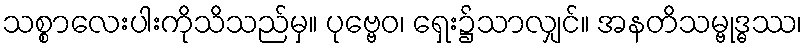
သစ္စာလေးပါးကိုသိသည်မှ။ ပုဗ္ဗေဝ၊ ရှေး၌သာလျှင်။ အနတိသမ္ဗုဒ္ဓဿ၊